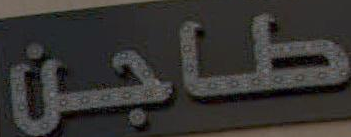
طاجن